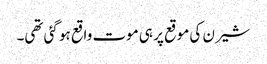
شیرن کی موقع پر ہی موت واقع ہو گئی تھی۔